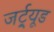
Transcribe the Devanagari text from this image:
जर्ट्र्यूड